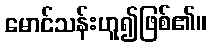
မောင်သန်းဟူ၍ဖြစ်၏။